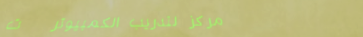
مركز لتدريب الكمبيوتر   ت